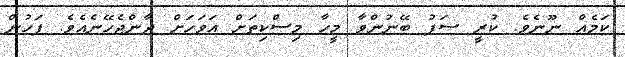
ކަމެއް ނޫނެވެ. ކުރީ ސަފު ބޭނުންވާ މީހާ މިސްކިތަށް އަވަހަށް ދާންޖެހޭނެއެވެ. ފަހުން